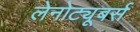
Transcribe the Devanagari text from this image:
लेनोट्यूबर्स